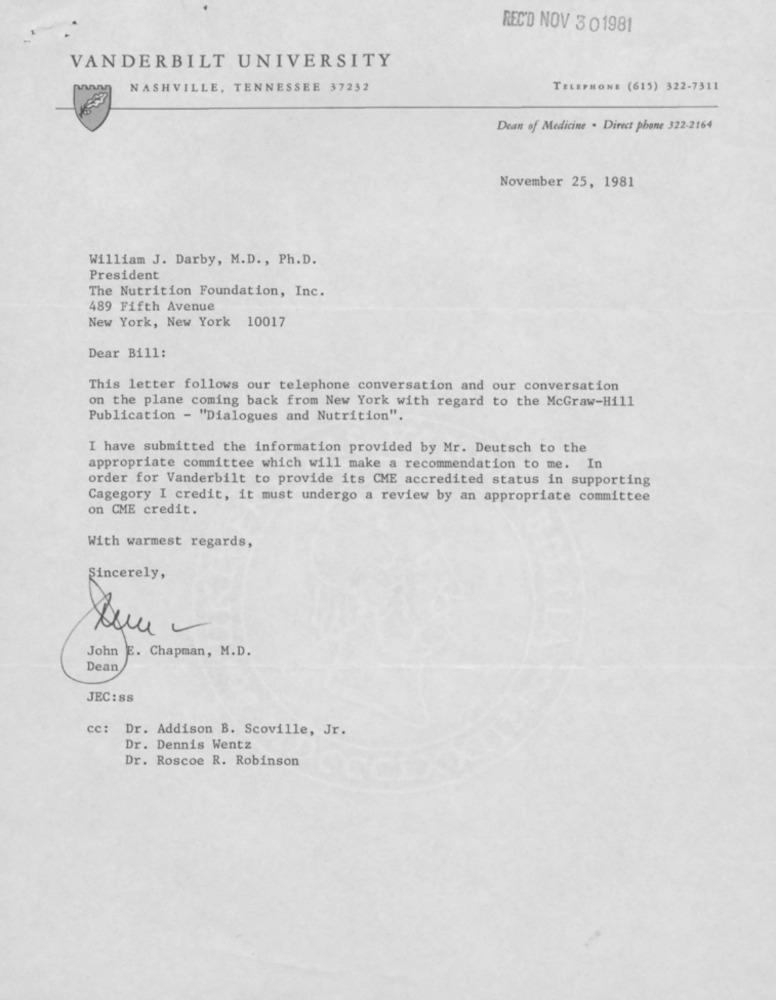
REC'D NOV 3 01981
VANDERBILT UNIVERSITY
NASHVILLE, TENNESSEE 37232
TELEPHONE (615) 322-7311
Dean of Medicine . Direct phone 322-2164
November 25, 1981
William J. Darby, M.D ., Ph.D.
President
The Nutrition Foundation, Inc.
489 Fifth Avenue
New York, New York 10017
Dear Bill:
This letter follows our telephone conversation and our conversation
on the plane coming back from New York with regard to the McGraw-Hill
Publication - "Dialogues and Nutrition".
I have submitted the information provided by Mr. Deutsch to the
appropriate committee which will make a recommendation to me. In
order for Vanderbilt to provide its CME accredited status in supporting
Cagegory I credit, it must undergo a review by an appropriate committee
on CME credit.
With warmest regards,
Sincerely,
John E. Chapman, M.D.
Dean
JEC : 88
cc: Dr. Addison B. Scoville, Jr.
Dr. Dennis Wentz
Dr. Roscoe R. Robinson